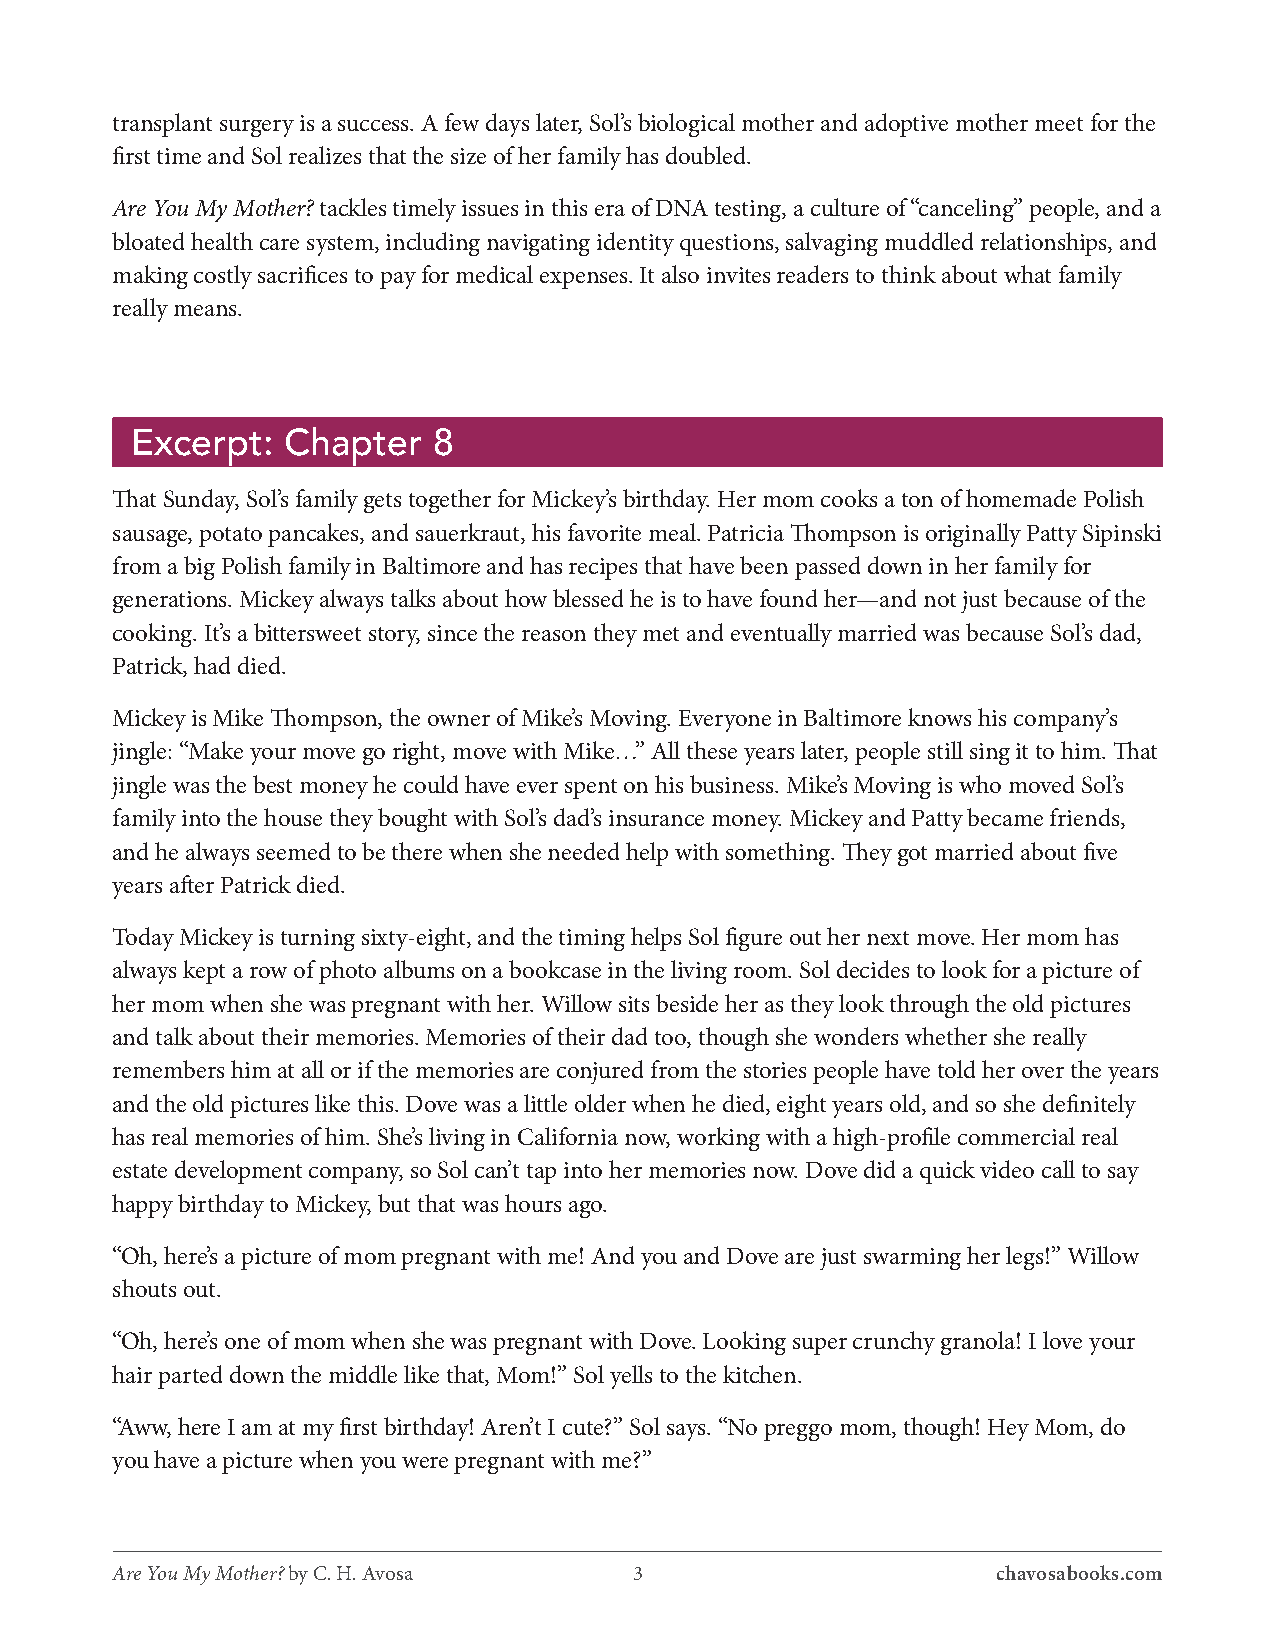
transplant surgery is a success. A few days later, Sol’s biological mother and adoptive mother meet for the
 first time and Sol realizes that the size of her family has doubled.
 Are You My Mother? tackles timely issues in this era of DNA testing, a culture of “canceling” people, and a
 bloated health care system, including navigating identity questions, salvaging muddled relationships, and
 making costly sacrifices to pay for medical expenses. It also invites readers to think about what family
 really means.
 Excerpt:  Chapter   8
 That Sunday, Sol’s family gets together for Mickey’s birthday. Her mom cooks a ton of homemade Polish
 sausage, potato pancakes, and sauerkraut, his favorite meal. Patricia Thompson is originally Patty Sipinski
 from a big Polish family in Baltimore and has recipes that have been passed down in her family for
 generations. Mickey always talks about how blessed he is to have found her—and not just because of the
 cooking. It’s a bittersweet story, since the reason they met and eventually married was because Sol’s dad,
 Patrick, had died.
 Mickey is Mike Thompson, the owner of Mike’s Moving. Everyone in Baltimore knows his company’s
 jingle: “Make your move go right, move with Mike…” All these years later, people still sing it to him. That
 jingle was the best money he could have ever spent on his business. Mike’s Moving is who moved Sol’s
 family into the house they bought with Sol’s dad’s insurance money. Mickey and Patty became friends,
 and he always seemed to be there when she needed help with something. They got married about five
 years after Patrick died.
 Today Mickey is turning sixty-eight, and the timing helps Sol figure out her next move. Her mom has
 always kept a row of photo albums on a bookcase in the living room. Sol decides to look for a picture of
 her mom when she was pregnant with her. Willow sits beside her as they look through the old pictures
 and talk about their memories. Memories of their dad too, though she wonders whether she really
 remembers him at all or if the memories are conjured from the stories people have told her over the years
 and the old pictures like this. Dove was a little older when he died, eight years old, and so she definitely
 has real memories of him. She’s living in California now, working with a high-profile commercial real
 estate development company, so Sol can’t tap into her memories now. Dove did a quick video call to say
 happy birthday to Mickey, but that was hours ago.
 “Oh, here’s a picture of mom pregnant with me! And you and Dove are just swarming her legs!” Willow
 shouts out.
 “Oh, here’s one of mom when she was pregnant with Dove. Looking super crunchy granola! I love your
 hair parted down the middle like that, Mom!” Sol yells to the kitchen.
 “Aww, here I am at my first birthday! Aren’t I cute?” Sol says. “No preggo mom, though! Hey Mom, do
 you have a picture when you were pregnant with me?”
 Are You My Mother? by C. H. Avosa  3                       chavosabooks.com